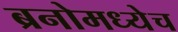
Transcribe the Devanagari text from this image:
ब्रनोमध्येच